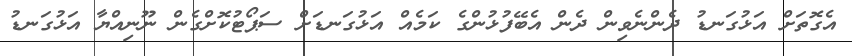
އެގޮތަށް އަޅުގަނޑު ދެންނެވިން ދެން އެބޭފުޅުންގެ ކަމެއް އަޅުގަނޑަށް ސަޕޯޓުކޮށްގެން ނޫނިއްޔާ އަޅުގަނޑު